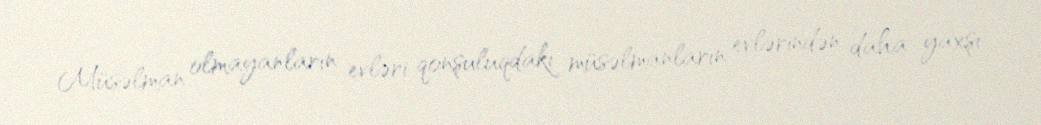
Müsəlman olmayanların evləri qonşuluqdakı müsəlmanların evlərindən daha yaxşı